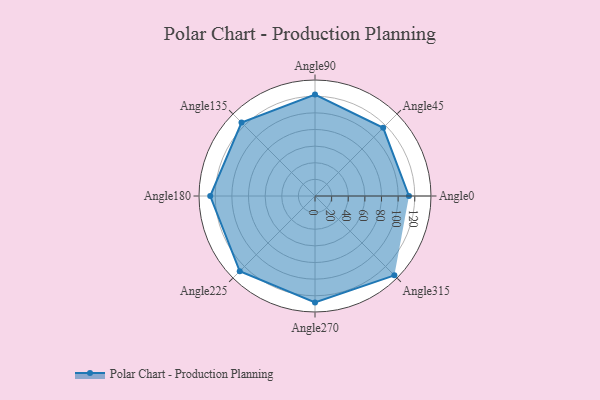
{"axis": {"x": "Angle", "y": "Radius"}, "legend": [""], "data": [{"x": "Angle0", "y": 113.0, "type": ""}, {"x": "Angle45", "y": 116.0, "type": ""}, {"x": "Angle90", "y": 122.0, "type": ""}, {"x": "Angle135", "y": 125.0, "type": ""}, {"x": "Angle180", "y": 126.0, "type": ""}, {"x": "Angle225", "y": 128.0, "type": ""}, {"x": "Angle270", "y": 128.0, "type": ""}, {"x": "Angle315", "y": 135.0, "type": ""}]}